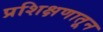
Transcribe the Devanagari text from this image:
प्रशिक्षणातून